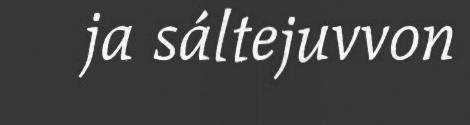
ja sáltejuvvon